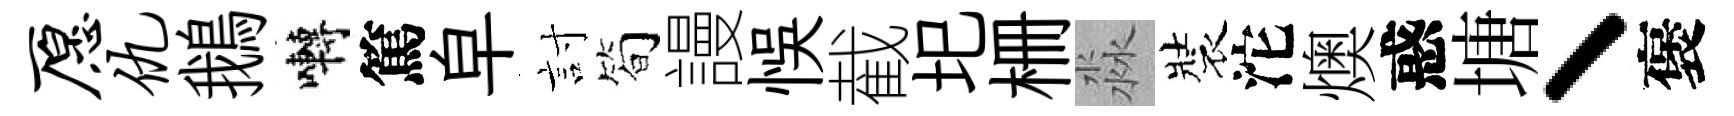
愿仇鵝囀篤皁討简謾悞截圯栅淼裝沱燠惑塘丶褒